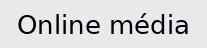
Online média